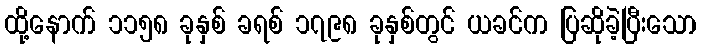
ထို့နောက် ၁၁၅၈ ခုနှစ် ခရစ် ၁၇၉၈ ခုနှစ်တွင် ယခင်က ပြဆိုခဲ့ပြီးသော